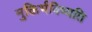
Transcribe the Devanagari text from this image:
मुक्तिर्भविष्यति